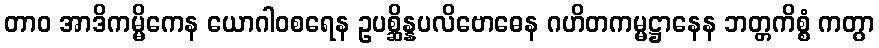
တာဝ အာဒိကမ္မိကေန ယောဂါဝစရေန ဥပစ္ဆိန္နပလိဗောဓေန ဂဟိတကမ္မဋ္ဌာနေန ဘတ္တကိစ္စံ ကတွာ